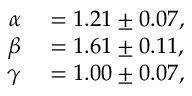
\begin{array} { r l } { \alpha } & { { } = 1 . 2 1 \pm 0 . 0 7 , } \\ { \beta } & { { } = 1 . 6 1 \pm 0 . 1 1 , } \\ { \gamma } & { { } = 1 . 0 0 \pm 0 . 0 7 , } \end{array}